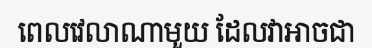
ពេលវេលាណាមួយ ដែលវាអាចជា